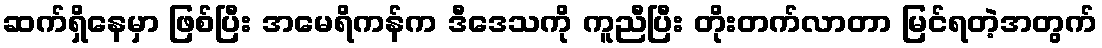
ဆက်ရှိနေမှာ ဖြစ်ပြီး အမေရိကန်က ဒီဒေသကို ကူညီပြီး တိုးတက်လာတာ မြင်ရတဲ့အတွက်